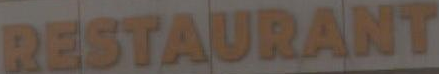
RESTAURANT